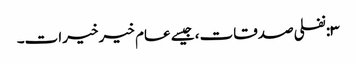
٣:نفلی صدقات، جیسے عام خیر خیرات۔